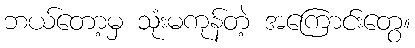
ဘယ်တော့မှ သုံးမကုန်တဲ့ အကြောင်းတွေ။